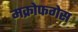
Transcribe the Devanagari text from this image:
मक्रोफगेस